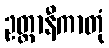
ဥတ္တာနီကာတုံ